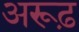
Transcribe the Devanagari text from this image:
अरूढ़